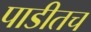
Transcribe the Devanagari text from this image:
पाडीतच